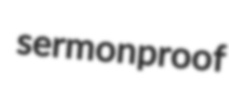
sermonproof